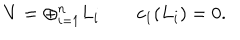
LaTeX: V = \oplus _ { i = 1 } ^ { n } L _ { i } \qquad c _ { 1 } ( L _ { i } ) = 0 .